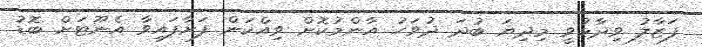
ފަޒާލު ވިދާޅުވީ މިދިޔަ ބުދަ ދުވަހު އާންމުކޮށް ވިއްކަން ފަށާފައިވާ އެނޫޓަށް ބޮޑު